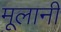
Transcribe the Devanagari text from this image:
मूलानी